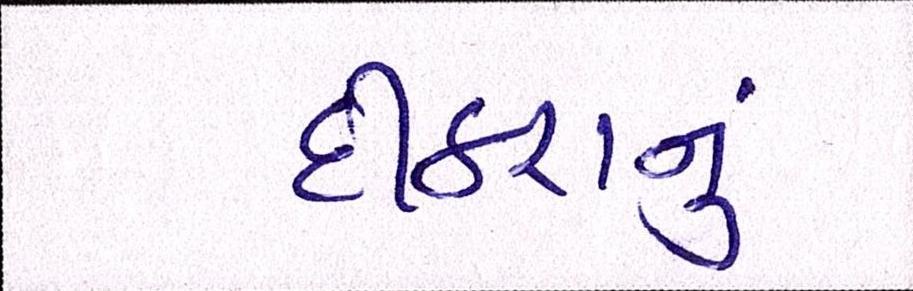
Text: દીકરાનું